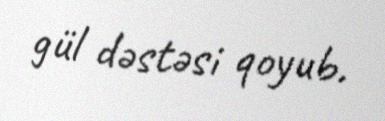
gül dəstəsi qoyub.